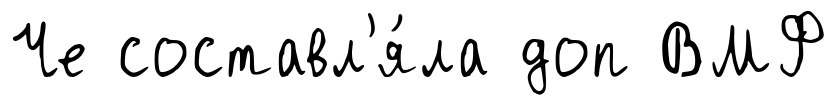
Че составл'я́ла доп ВМФ